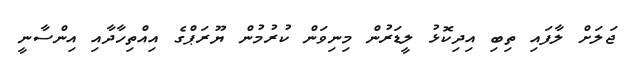
ޖަލަށް ލާފައި ތިބި އިދިކޮޅު ލީޑަރުން މިނިވަން ކުރުމުން ޔޫރަޕްގެ އިއްތިހާދާއި އިންސާނީ